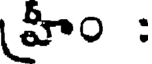
హీం :